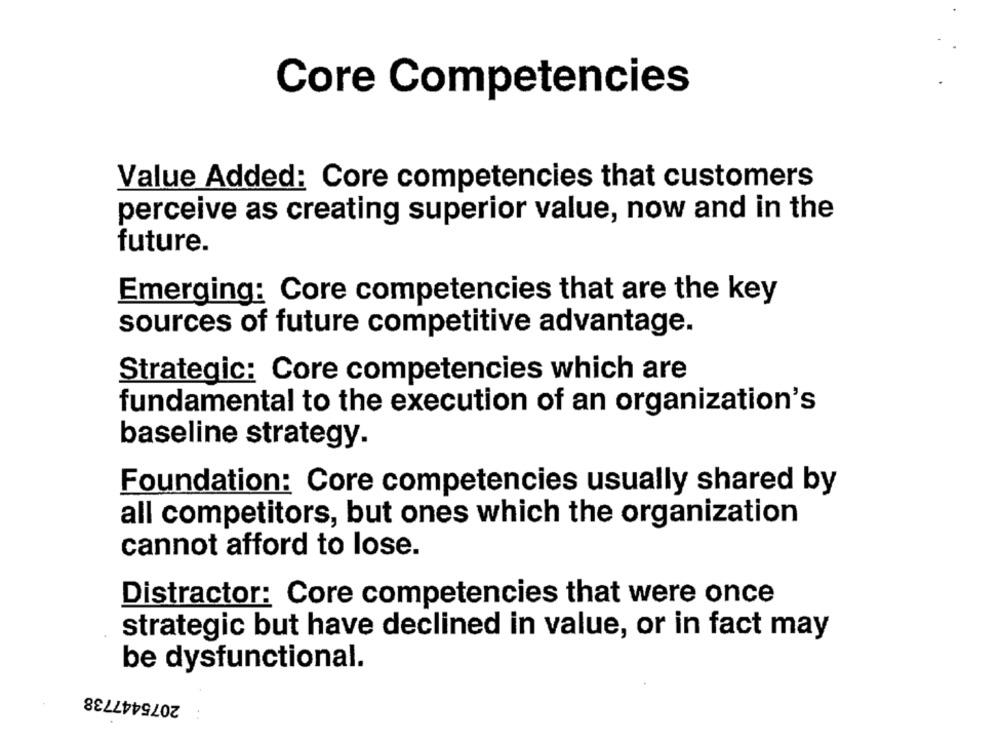
Core Competencies
Value Added: Core competencies that customers
perceive as creating superior value, now and in the
future.
Emerging: Core competencies that are the key
sources of future competitive advantage.
Strategic: Core competencies which are
fundamental to the execution of an organization's
baseline strategy.
Foundation: Core competencies usually shared by
all competitors, but ones which the organization
cannot afford to lose.
Distractor: Core competencies that were once
strategic but have declined in value, or in fact may
be dysfunctional.
2075447738